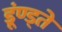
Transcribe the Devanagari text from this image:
डूंण्ड्ते